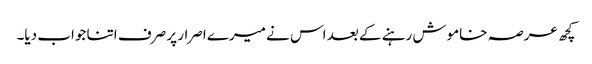
کچھ عرصہ خاموش رہنے کے بعد اس نے میرے اصرار پر صرف اتنا جواب دیا۔